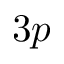
3 p